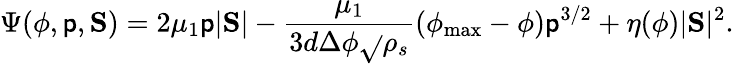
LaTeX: \Psi(\phi,\mathsf{p},\mathrm{{\mathbf{S}}})=2\mu_{1}\mathsf{p}|\mathrm{{\mathbf{S}}}|-\frac{{\mu_{1}}}{{3d\Delta\phi\sqrt{}{{\rho_{s}}}}}(\phi_{\mathrm{{max}}}-\phi)\mathsf{p}^{3/2}+\eta(\phi)|\mathrm{{\mathbf{S}}}|^{2}.